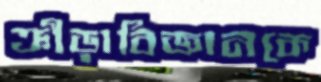
ক্রীড়াবিজ্ঞানকে